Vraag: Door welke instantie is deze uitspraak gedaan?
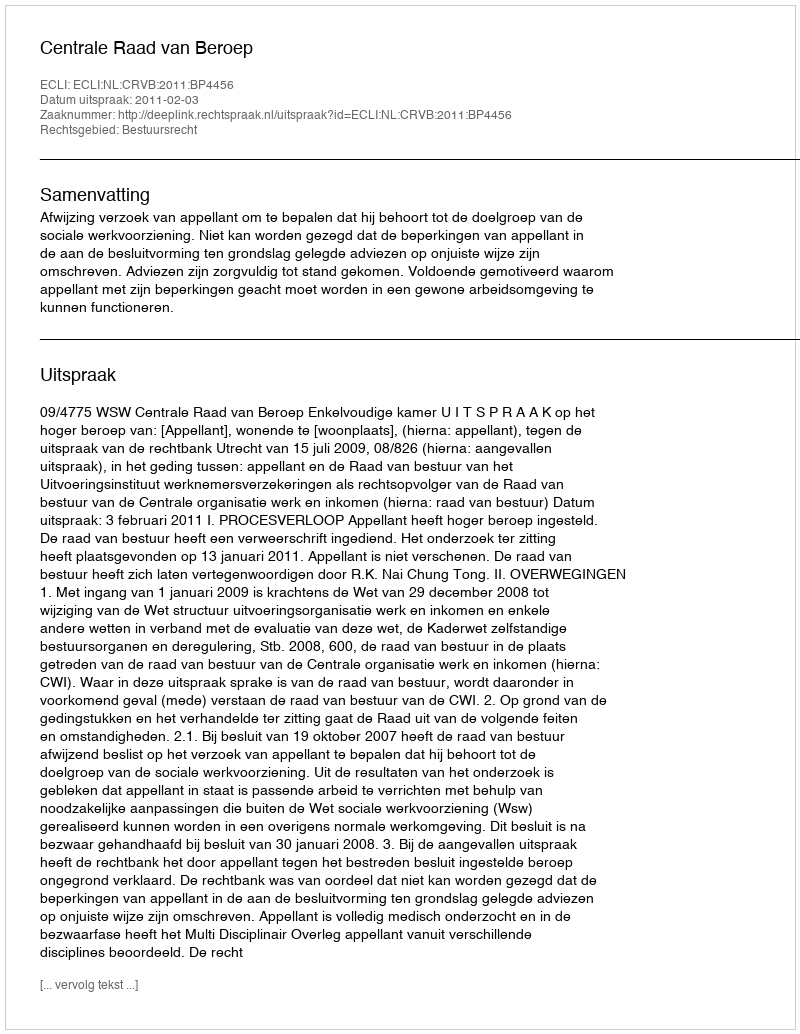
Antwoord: Centrale Raad van Beroep